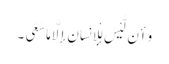
وَأَن لَّیْسَ لِلْإِنسَانِ إِلَّا مَا سَعَی ۔